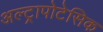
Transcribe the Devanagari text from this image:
अल्ट्रापोटेसिक